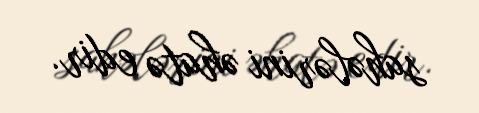
sahələrini əhatə edir.